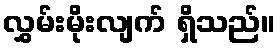
လွှမ်းမိုးလျက် ရှိသည်။